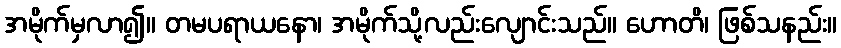
အမိုက်မှလာ၍။ တမပရာယနော၊ အမိုက်သို့လည်းလျောင်းသည်။ ဟောတိ၊ ဖြစ်သနည်း။